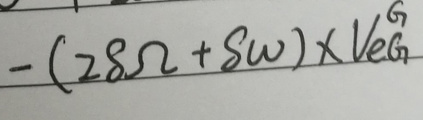
\[- (28\Omega + 8\omega)\times V e_{G}^{6}\]